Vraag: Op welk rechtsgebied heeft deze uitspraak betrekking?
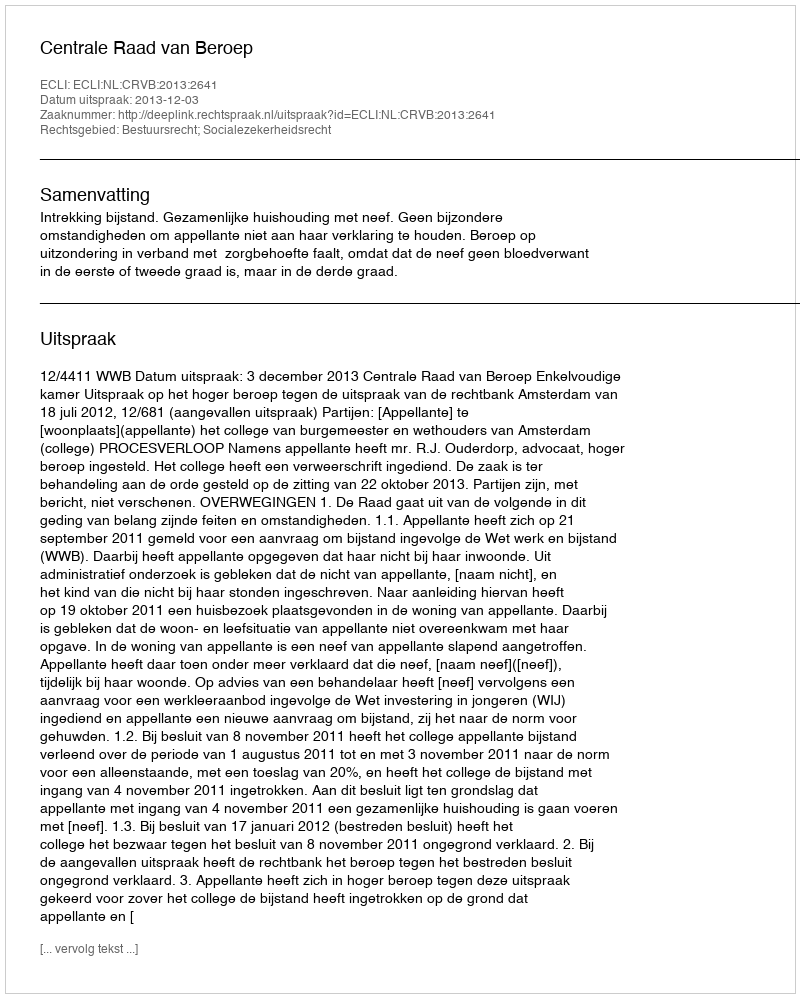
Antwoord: Bestuursrecht; Socialezekerheidsrecht